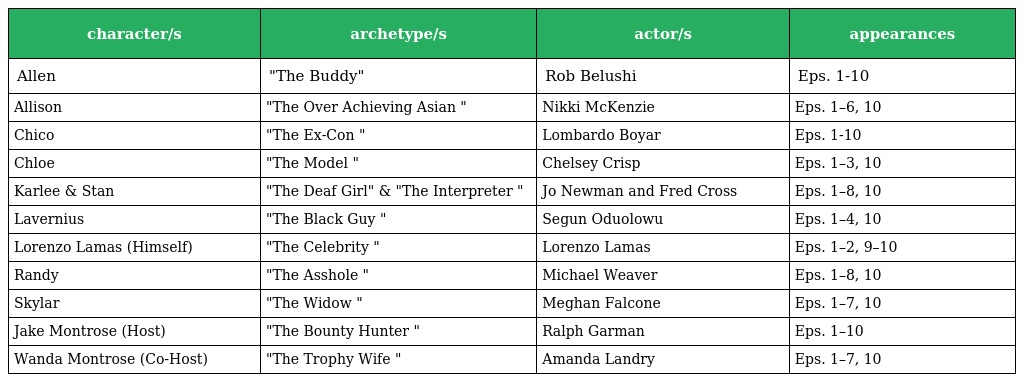
| character/s | archetype/s | actor/s | appearances |
 | --- | --- | --- | --- |
 | Allen | "The Buddy" | Rob Belushi | Eps. 1-10 |
 | Allison | "The Over Achieving Asian " | Nikki McKenzie | Eps. 1–6, 10 |
 | Chico | "The Ex-Con " | Lombardo Boyar | Eps. 1-10 |
 | Chloe | "The Model " | Chelsey Crisp | Eps. 1–3, 10 |
 | Karlee & Stan | "The Deaf Girl" & "The Interpreter " | Jo Newman and Fred Cross | Eps. 1–8, 10 |
 | Lavernius | "The Black Guy " | Segun Oduolowu | Eps. 1–4, 10 |
 | Lorenzo Lamas (Himself) | "The Celebrity " | Lorenzo Lamas | Eps. 1–2, 9–10 |
 | Randy | "The Asshole " | Michael Weaver | Eps. 1–8, 10 |
 | Skylar | "The Widow " | Meghan Falcone | Eps. 1–7, 10 |
 | Jake Montrose (Host) | "The Bounty Hunter " | Ralph Garman | Eps. 1–10 |
 | Wanda Montrose (Co-Host) | "The Trophy Wife " | Amanda Landry | Eps. 1–7, 10 |